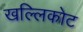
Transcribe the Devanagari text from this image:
खल्लिकोट